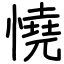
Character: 憢